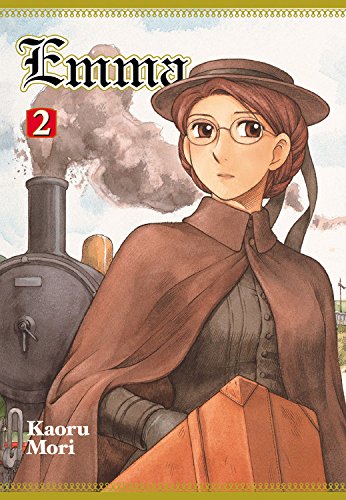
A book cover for Emma, Vol. 2; Kaoru Mori; Comics & Graphic Novels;